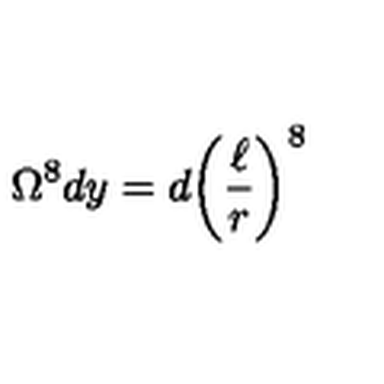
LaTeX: \Omega ^ { 8 } d y = d { \left( \frac { \ell } { r } \right) } ^ { 8 }